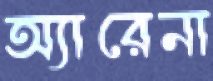
অ্যারেনা